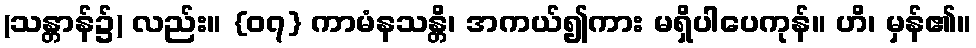
(သန္တာန်၌) လည်း။ {၀၇} ကာမံနသန္တိ၊ အကယ်၍ကား မရှိပါပေကုန်။ ဟိ၊ မှန်၏။